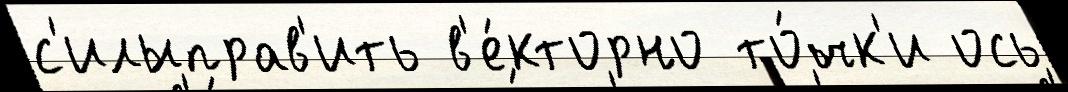
с'илыправ'ить в'е́кторно то́чк'и ось